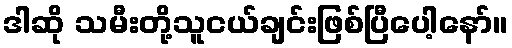
ဒါဆို သမီးတို့သူငယ်ချင်းဖြစ်ပြီပေါ့နော်။